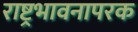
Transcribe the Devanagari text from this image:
राष्ट्रभावनापरक